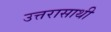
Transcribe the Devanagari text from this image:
उत्तरासाथी